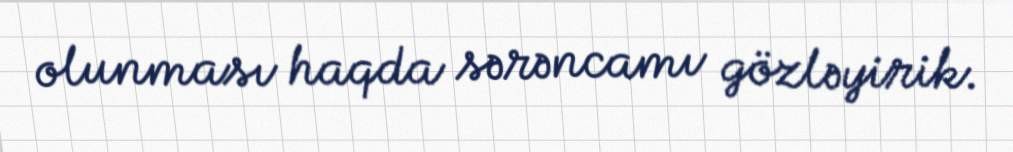
olunması haqda sərəncamı gözləyirik.